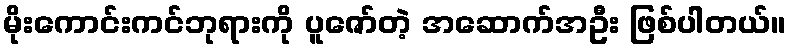
မိုးကောင်းကင်ဘုရားကို ပူဇော်တဲ့ အဆောက်အဦး ဖြစ်ပါတယ်။